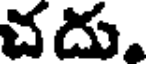
చదు.